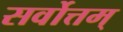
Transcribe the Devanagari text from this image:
सर्वोत्तम्